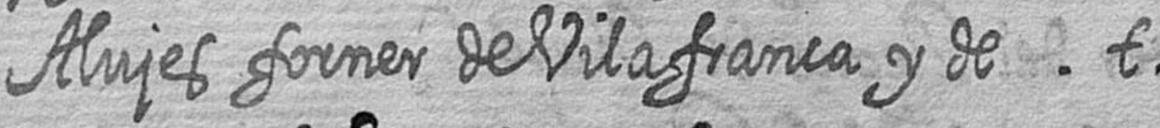
Alujes forner de Vilafranca y de t